Annual report on the working of the lock hospitals in the Central Provinces
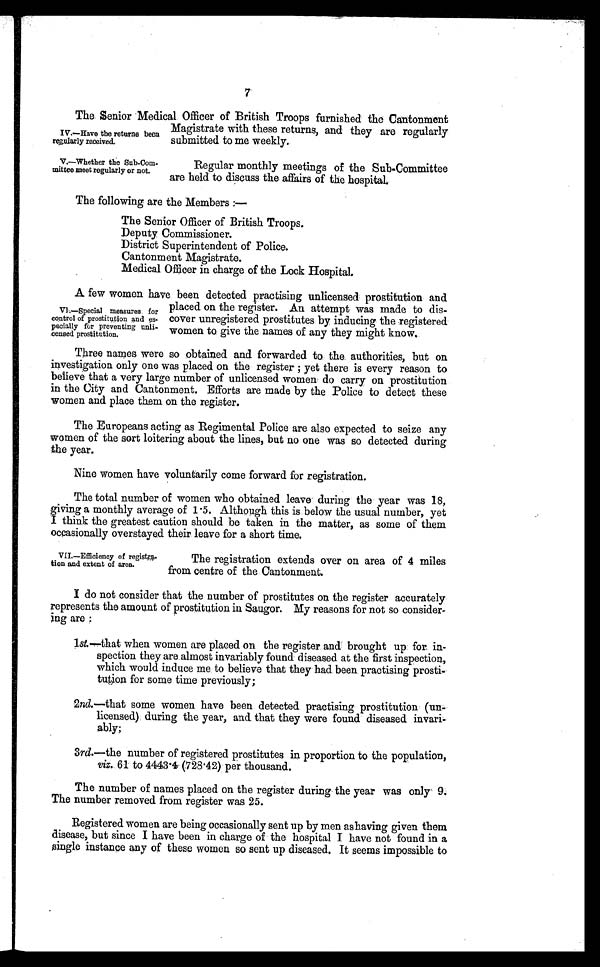
7
The Senior Medical Officer of British Troops furnished the Cantonment
Magistrate with these returns, and they are regularly
submitted to me weekly.
IV.—Have the returns been
regularly received.
V.—Whether the Sub-Com-
mittee meet regularly or not.
Regular monthly meetings of the Sub-Committee
are held to discuss the affairs of the hospital.
The following are the Members :—
The Senior Officer of British Troops.
Deputy Commissioner.
District Superintendent of Police.
Cantonment Magistrate.
Medical Officer in charge of the Lock Hospital.
A few women have been detected practising unlicensed prostitution and
placed on the register. An attempt was made to dis-
cover unregistered prostitutes by inducing the registered
women to give the names of any they might know.
Three names were so obtained and forwarded to the authorities, but on
investigation only one was placed on the register ; yet there is every reason to
believe that a very large number of unlicensed women do carry on prostitution
in the City and Cantonment. Efforts are made by the Police to detect these
women and place them on the register.
The Europeans acting as Regimental Police are also expected to seize any
women of the sort loitering about the lines, but no one was so detected during
the year.
Nine women have voluntarily come forward for registration.
The total number of women who obtained leave during the year was 18,
giving a monthly average of 1.5. Although this is below the usual number, yet
I think the greatest caution should be taken in the matter, as some of them
occasionally overstayed their leave for a short time.
VI.—Special measures for
control of prostitution and es-
pecially fur preventing unli-
censed prostitution.
VII.—Efficiency of registra-
tion and extent of area.
The registration extends over on area of 4 miles
from centre of the Cantonment.
I do not consider that the number of prostitutes on the register accurately
represents the amount of prostitution in Saugor. My reasons for not so consider-
ing are :
1 s t .
—that when women are placed on the register and brought up for in-
spection they are almost invariably found diseased at the first inspection,
which would induce me to believe that they had been practising prosti-
tution for some time previously;
2nd.—that some women have been detected practising prostitution (un-
licensed) during the year, and that they were found diseased invari-
ably;
3rd.—the number of registered prostitutes in proportion to the population,
viz. 61 to 4443.4 (728.42) per thousand.
The number of names placed on the register during the year was only 9.
The number removed from register was 25.
Registered women are being occasionally sent up by men as having given them
disease, but since I have been in charge of the hospital I have not found in a
single instance any of these women so sent up diseased. It seems impossible to